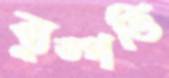
ব্যুত্পত্তি